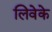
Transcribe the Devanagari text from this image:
लिवेके